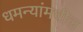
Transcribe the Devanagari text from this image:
धमन्यांमधील